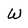
Character: W